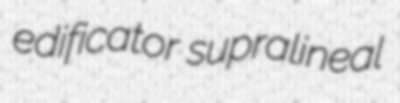
edificator supralineal